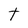
Character: t